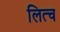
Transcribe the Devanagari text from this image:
लित्च